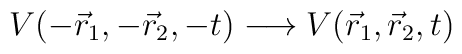
V(-\vec{r}_{1},-\vec{r}_{2},-t)\longrightarrow V(\vec{r}_{1},\vec{r}_{2},t)